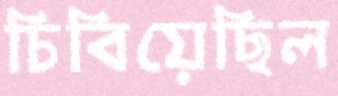
চিবিয়েছিল